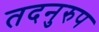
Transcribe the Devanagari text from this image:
तदनुरुप